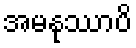
အမနုဿာပိ